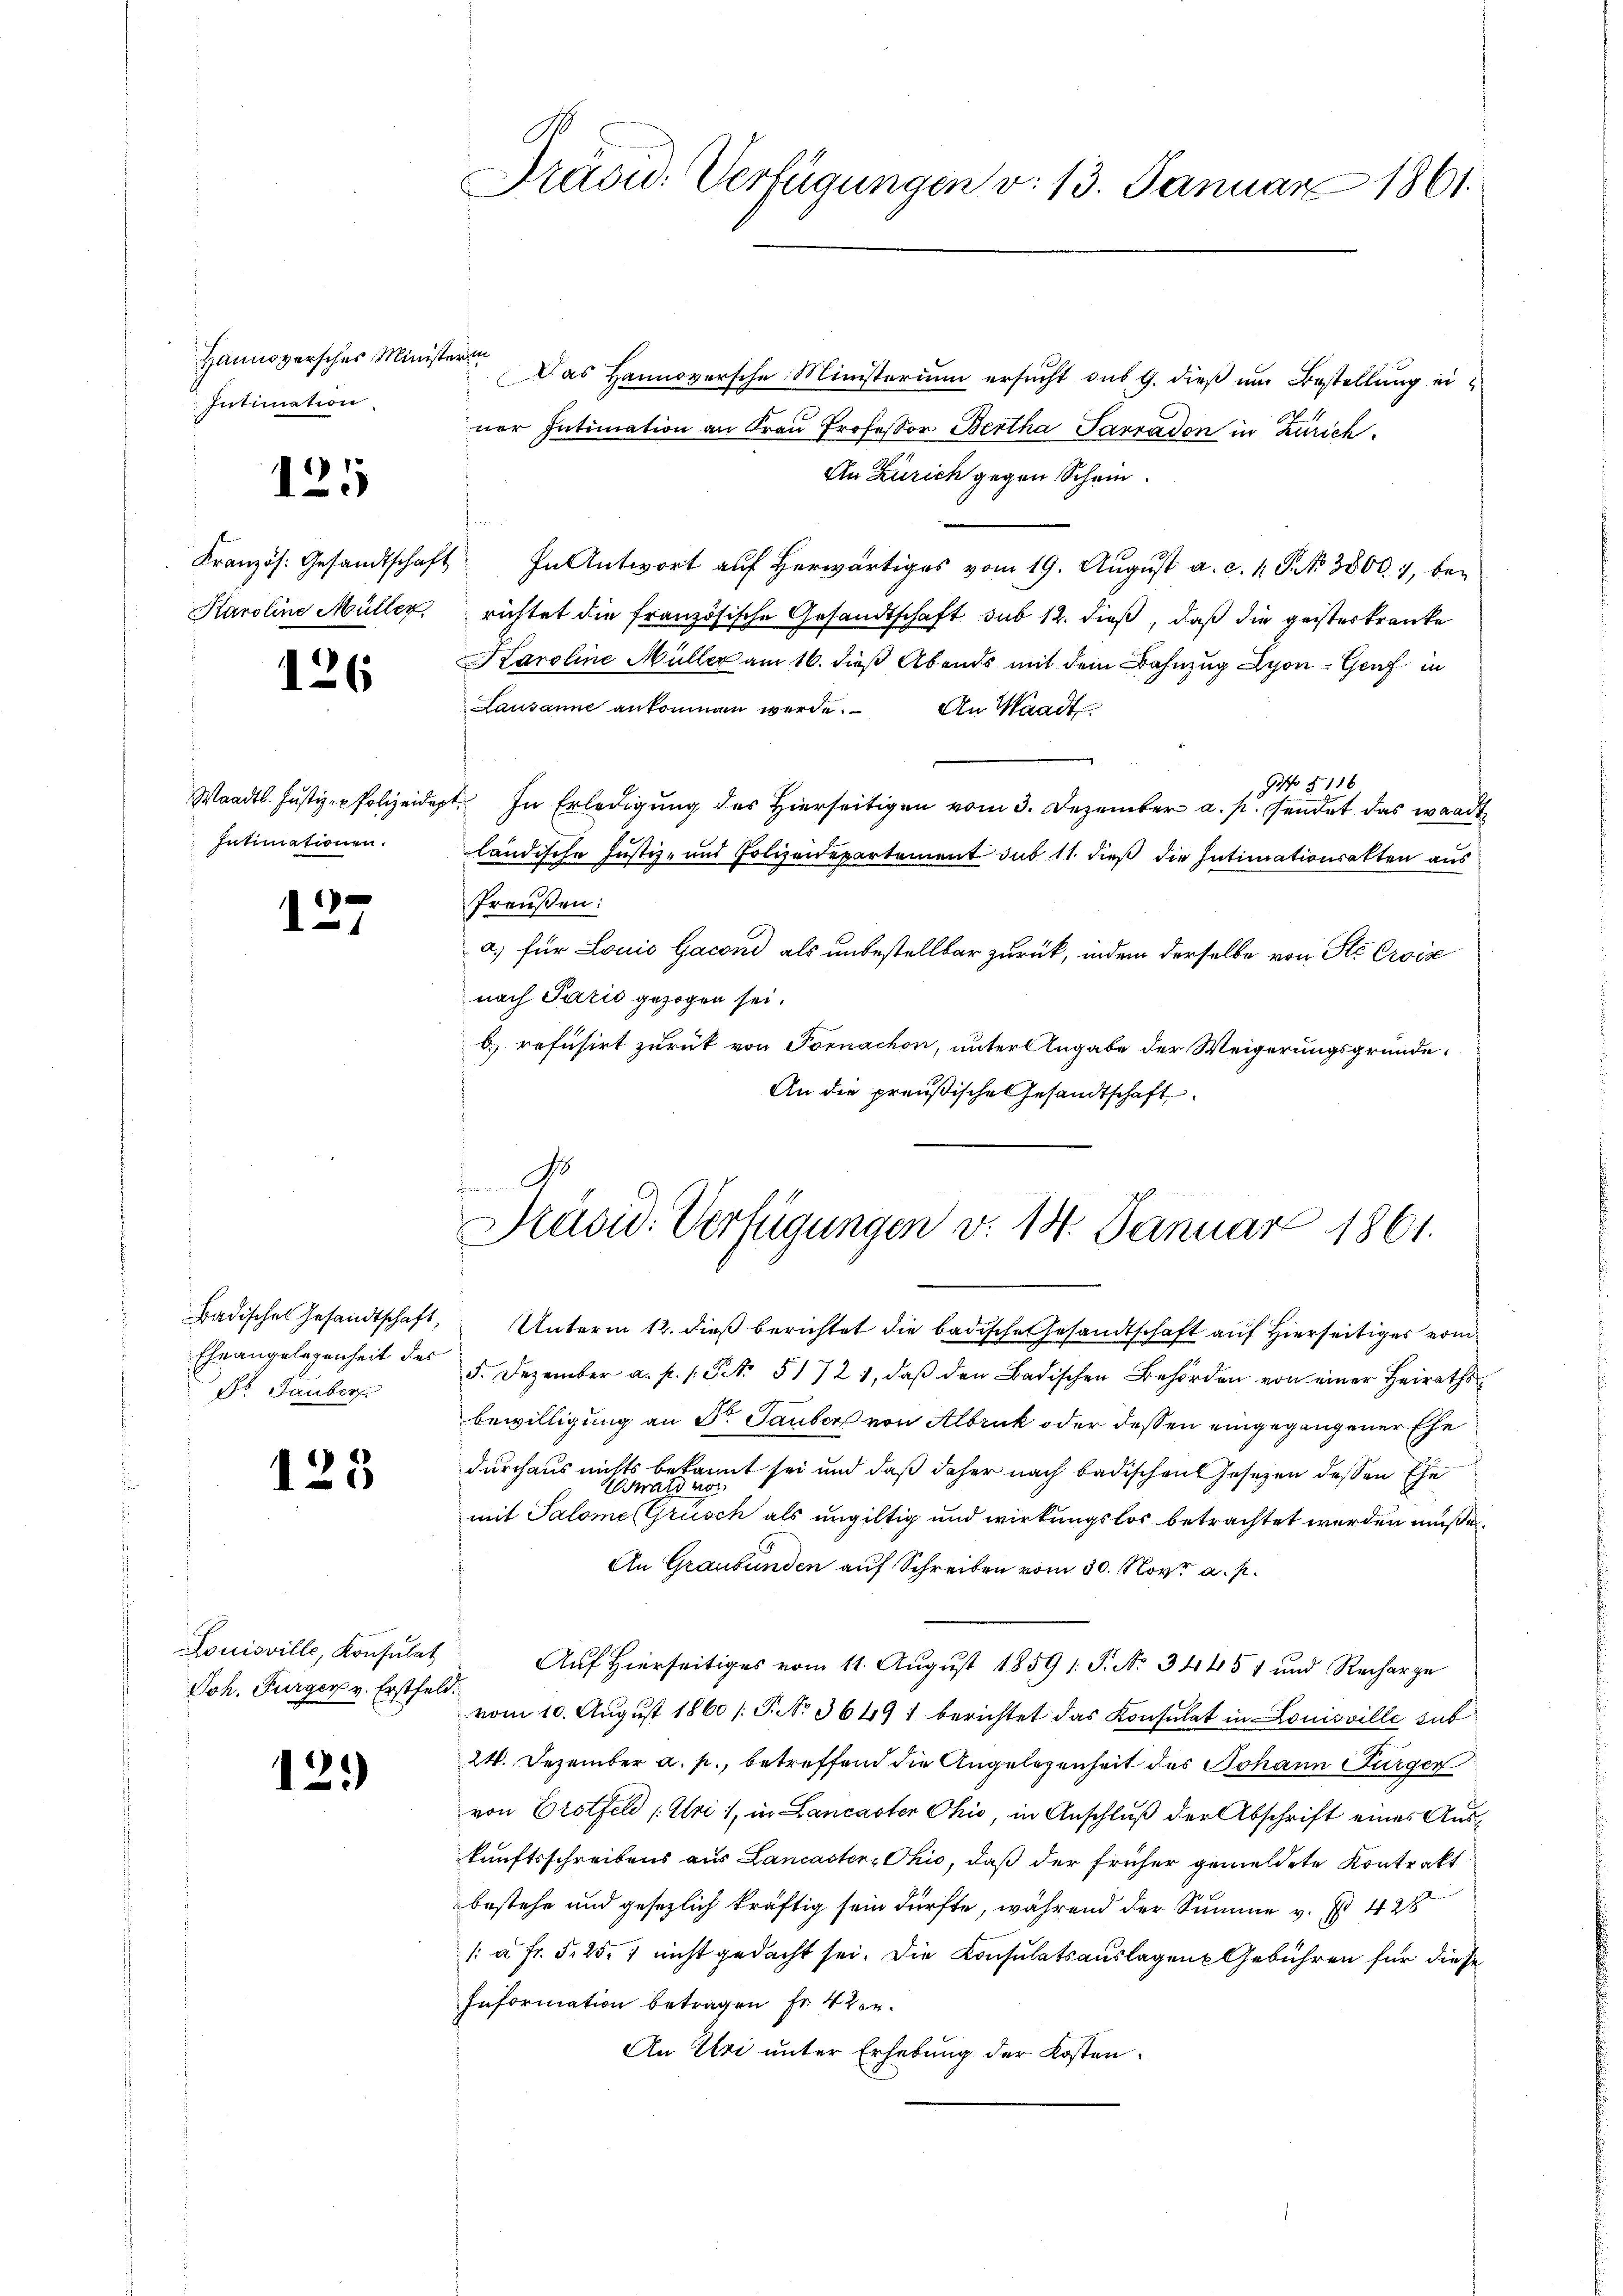
Hannoversches Minis
Intimation.

125

Karoline Müller,

126

Intimationen.

127

Eheangelegenheit des
Pr. Tauber

123

Louisville Konsulat
Joh. Furger v. Erstfeld.

12.)

Präsid. Verfügungen v. 13. Januar 1861

No
Präsid. Verfügungen v. 14. Januar 1861.

sterien
Das Hannoversche Ministerium ersucht sus 9. dieß um Bestellung einer Intimation an Frau Professor Bertha Parradon in Zürich
An Zürich gegen Schein.
Französ. Gesandtschaft. In Antwort aŭf herwärtiges vom 19. Aŭgŭst a. c. 1 S. 3800. 1, berichtet die französische Gesandtschaft sub 12. dieß, daß die geisterkranke
Karoline Müller am 16. dieß Abends mit dem Bahnzug Lyon - Genf in
Lausanne ankommen werde. An Waadt
No 5116
Waadt. Justiz-Polizeidept. In Erledigung des Hierseitigen vom 3. Dezember a. p. sendet das waadt
ländische Justiz- und Polizeidepartement sub 11. dieß die Intimationsakten aus
Preußen:
a) für Louis Gacond als unbestellbar zurück, indem derselbe von Ste Croix
nach Pazić gezogen sei.
b) refusirt zurück von Fornachon, unter Angabe der Weigerungsgründe
An die preußische Gesandtschaft
Badisches Gesandtschaft, Unterm 12. dieβ berichtet die badische Gesandtschaft auf Hierseitiges vom
5. Dezember a. p. 1. St. 51721, daβ den Badischen Behörden von einer Heiraths¬
Bewilligung an Fr. Tauber von Albruk oder deßen eingegangener Ehe
durchaus nichts bekannt sei und daß daher nach badischen Gesetzen dessen Ehe
räte er eine
mit Salome (Grüsch als ungültig und wirkungslos betrachtet werden müße.
An Graubünden auf Schreiben vom 30. Nov. a. p.
Auf hierseitiges vom 11. August 1859 s. S. No. 3445 f und Recharge
vom 10. August 1860 /: P. Nr. 3649 f berichtet das Konsulat in Louisville sub
24. Dezember a. p., betreffend die Angelegenheit des Johann Bürger
von Erotfeld (Uri), in Lancaster Ohio, in Anschluß der Abschrift eines Auskunftsschreibens aus Lancaster, Ohio, daß der früher gemeldete Kontrakt
bestehe und gesezlich kräftig sein dürfte, während der Summe v. Et 428
/ à Fr. 5. 251 nicht gedacht sei. Die Konsulatsauslagen Gebühren für diese
Information betragen Fr. 4 ten.
An Uri unter Erhebung der Kosten.